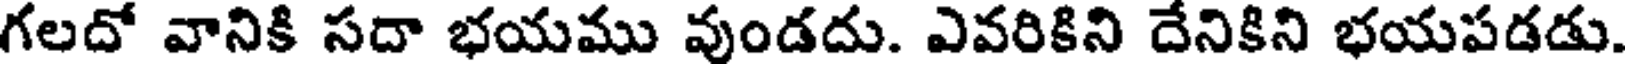
గలదో వానికి సదా భయము వుండదు. ఎవరికిని దేనికిని భయపడడు.